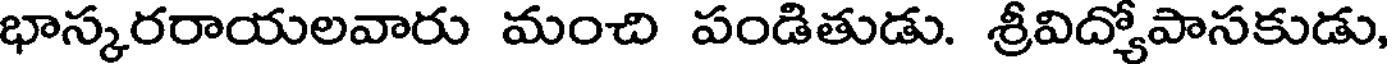
భాస్కరరాయలవారు మంచి పండితుడు. శ్రీవిద్యోపాసకుడు,